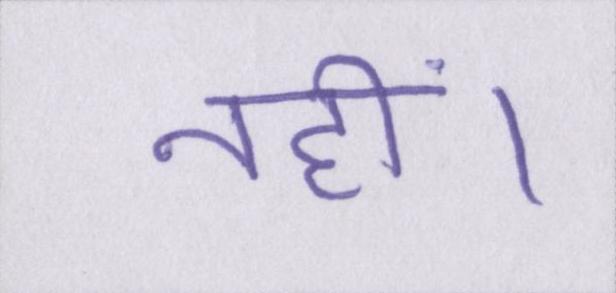
नहीं।